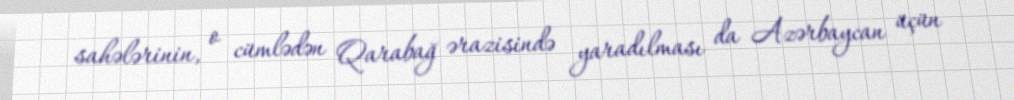
sahələrinin, o cümlədən Qarabağ ərazisində yaradılması da Azərbaycan üçün